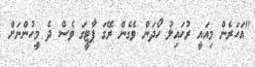
"އަހަރެން މިއައީ ރުހައިލު ހޯދަން ވެގެން ރޭގަ ޕާޓީގަ ވެސް ދެ މީހުންނަށް